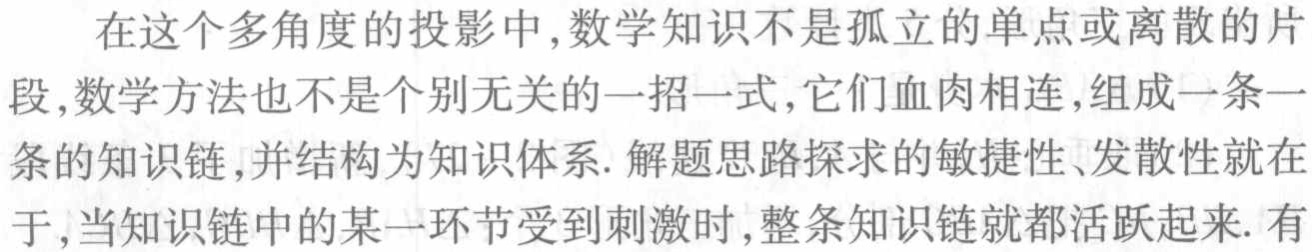
在这个多角度的投影中,数学知识不是孤立的单点或离散的片段,数学方法也不是个别无关的一招一式,它们血肉相连,组成一条一条的知识链,并结构为知识体系. 解题思路探求的敏捷性、发散性就在于,当知识链中的某一环节受到刺激时,整条知识链就都活跃起来. 有